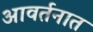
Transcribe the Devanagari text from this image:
आवर्तनात